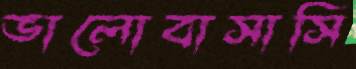
ভালোবাসাসি